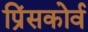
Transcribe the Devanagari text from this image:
प्रिंसकोर्व